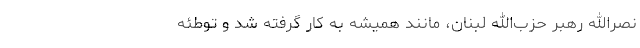
نصر‌الله رهبر حزب‌الله لبنان، مانند همیشه به کار گرفته شد و توطئه